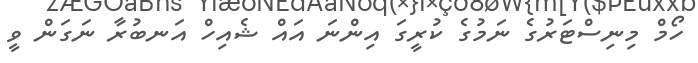
ހޯމް މިނިސްޓަރުގެ ނަމުގެ ކުރީގަ އިންނަ އައް ޝެއިހް އަނބުރާ ނަގަން ވީ